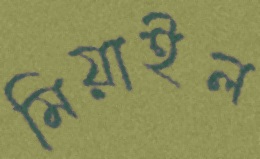
মিয়াইল